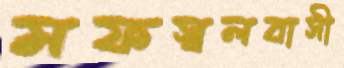
মফস্বলবাসী